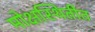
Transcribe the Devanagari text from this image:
मोक्षस्थितीत